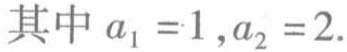
其中 \(a_{1}=1,a_{2}=2\).